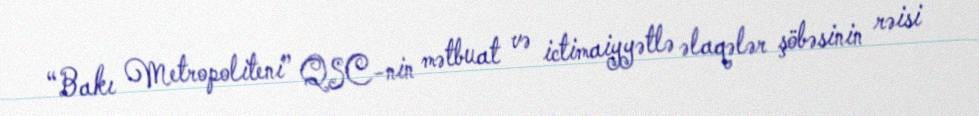
“Bakı Metropoliteni” QSC-nin mətbuat və ictimaiyyətlə əlaqələr şöbəsinin rəisi